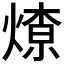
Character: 𱫽